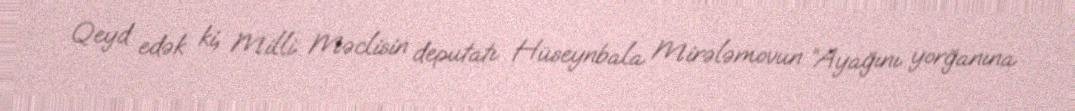
Qeyd edək ki, Milli Məclisin deputatı Hüseynbala Mirələmovun “Ayağını yorğanına